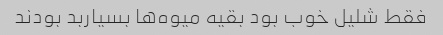
فقط شلیل خوب بود بقیه میوه‌ها بسیاربد بودند